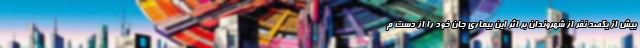
بیش از یکصد نفر از شهروندان بر اثر این بیماری جان خود را از دست م